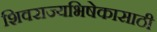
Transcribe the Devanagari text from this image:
शिवराज्यभिषेकासाठी